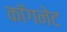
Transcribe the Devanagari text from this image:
कॉगनेट